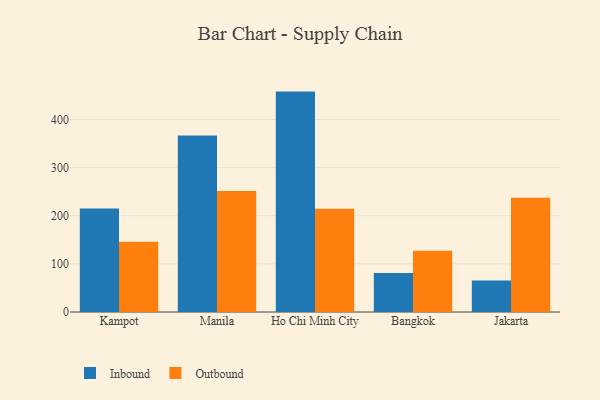
{"axis": {"x": "City", "y": "Page Views"}, "legend": ["Inbound", "Outbound"], "data": [{"x": "Kampot", "y": 214.8, "type": "Inbound"}, {"x": "Kampot", "y": 146.0, "type": "Outbound"}, {"x": "Manila", "y": 366.6, "type": "Inbound"}, {"x": "Manila", "y": 251.2, "type": "Outbound"}, {"x": "Ho Chi Minh City", "y": 457.9, "type": "Inbound"}, {"x": "Ho Chi Minh City", "y": 214.5, "type": "Outbound"}, {"x": "Bangkok", "y": 81.2, "type": "Inbound"}, {"x": "Bangkok", "y": 127.2, "type": "Outbound"}, {"x": "Jakarta", "y": 65.7, "type": "Inbound"}, {"x": "Jakarta", "y": 237.5, "type": "Outbound"}]}